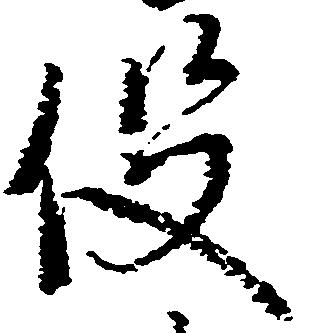
役